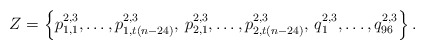
\begin{align*}Z = \left\{p_{1,1}^{2,3}, \dots, p_{1,t(n-24)}^{2,3}, \, p_{2,1}^{2,3}, \dots, p_{2,t(n-24)}^{2,3}, \, q_1^{2,3}, \dots, q_{96}^{2,3}\right\}. \end{align*}